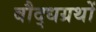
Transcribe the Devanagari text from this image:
बौद्धग्रथों